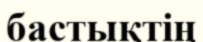
бастықтің